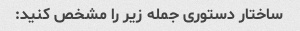
ساختار دستوری جمله زیر را مشخص کنید: